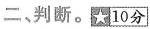
二，判断。☆10分